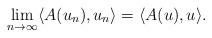
LaTeX: \begin{align*}\lim_{n\rightarrow\infty} \langle A(u_n), u_n \rangle = \langle A(u), u \rangle .\end{align*}